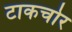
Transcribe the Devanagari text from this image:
टाकचोर